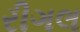
રીગલ